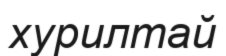
хурилтай